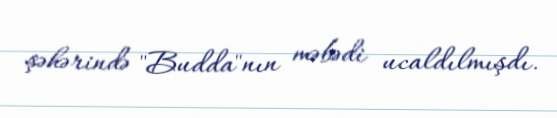
şəhərində "Budda"nın məbədi ucaldılmışdı.